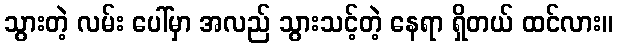
သွားတဲ့ လမ်း ပေါ်မှာ အလည် သွားသင့်တဲ့ နေရာ ရှိတယ် ထင်လား။